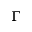
\Gamma